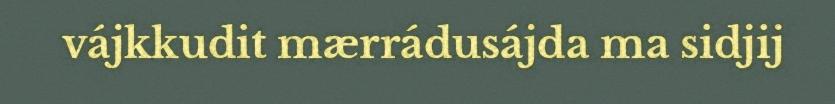
vájkkudit mærrádusájda ma sidjij